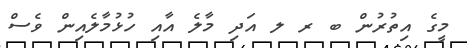
މީގެ އިތުރުން ބ ރ ލ އަދި މާލެ އާއި ހުޅުމާލެއިން ވެސް